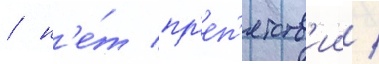
/ н'е́т пр'еп'ятств'ии /